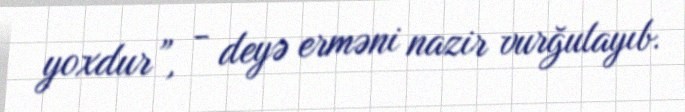
yoxdur”, - deyə erməni nazir vurğulayıb.